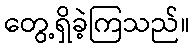
တွေ့ရှိခဲ့ကြသည်။